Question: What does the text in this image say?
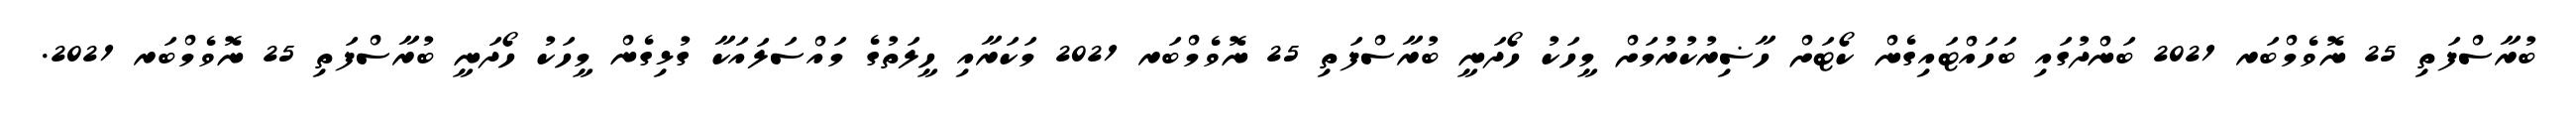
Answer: ބުރާސްފަތި 25 ނޮވެމްބަރ 2021 ބަންދުގައި ބަހައްޓައިގެން ކޯޓަށް ހާޟިރުކުރުމަށް މީހަކު ހޯދަނީ ބުރާސްފަތި 25 ނޮވެމްބަރ 2021 މަކަރާއި ހީލަތުގެ މައްސަލައަކާ ގުޅިގެން މީހަކު ހޯދަނީ ބުރާސްފަތި 25 ނޮވެމްބަރ 2021.